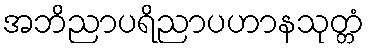
အဘိညာပရိညာပဟာနသုတ္တံ